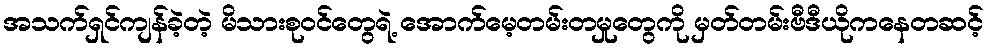
အသက်ရှင်ကျန်ခဲ့တဲ့ မိသားစုဝင်တွေရဲ့ အောက်မေ့တမ်းတမှုတွေကို မှတ်တမ်းဗီဒီယိုကနေတဆင့်